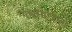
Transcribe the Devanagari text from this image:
गच्छेच्चण्डालो